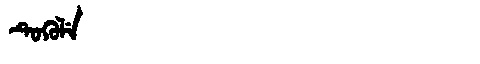
Manchu: ᡨᡠᡴᡠᠯᡝ
Romanization: TUKULE